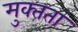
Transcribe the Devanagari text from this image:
मुक्‍तता